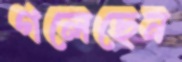
গলেছেন